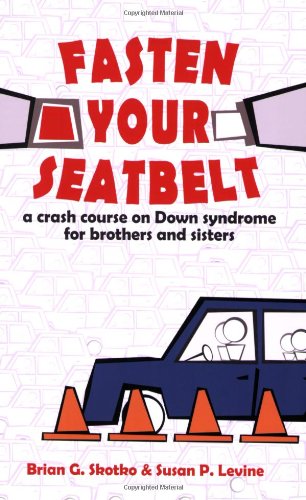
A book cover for Fasten Your Seatbelt: A Crash Course on Down Syndrome for Brothers and Sisters; Brian Skotko; Parenting & Relationships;